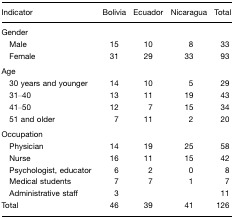
| Indicator | Bolivia | Ecuador | Nicaragua | Total |
 | --- | --- | --- | --- | --- |
 | Gender |  |  |  |  |
 | Male | 15 | 10 | 8 | 33 |
 | Female | 31 | 29 | 33 | 93 |
 | Age |  |  |  |  |
 | 30 years and younger | 14 | 10 | 5 | 29 |
 | 31–40 | 13 | 11 | 19 | 43 |
 | 41–50 | 12 | 7 | 15 | 34 |
 | 51 and older | 7 | 11 | 2 | 20 |
 | Occupation |  |  |  |  |
 | Physician | 14 | 19 | 25 | 58 |
 | Nurse | 16 | 11 | 15 | 42 |
 | Psychologist, educator | 6 | 2 | 0 | 8 |
 | Medical students | 7 | 7 | 1 | 7 |
 | Administrative staff | 3 |  |  | 11 |
 | Total | 46 | 39 | 41 | 126 |